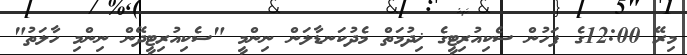
މިރޭ 12:00ގެ ފަހުން ސެކިއުރިޓީގެ ޚިދުމަތް މެދުކަނޑާލަން ނިންމީ "ސެކިއުރިޓީދޭން ނިންމި ހާލަތު"